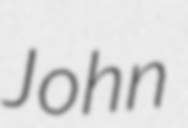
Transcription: John